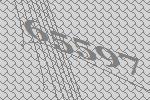
65597